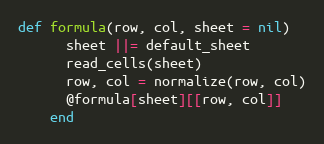
Language: Ruby
def formula(row, col, sheet = nil)
      sheet ||= default_sheet
      read_cells(sheet)
      row, col = normalize(row, col)
      @formula[sheet][[row, col]]
    end